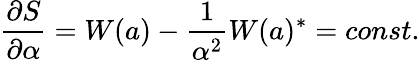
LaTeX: \frac{\partial S}{\partial\alpha}=W(a)-\frac{1}{\alpha^{2}}W(a)^{\ast}=const.